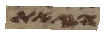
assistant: וזאת